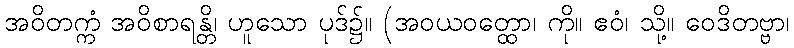
အဝိတက္ကံ အဝိစာရန္တိ၊ ဟူသော ပုဒ်၌။ (အဝယဝတ္ထော၊ ကို။ ဧဝံ၊ သို့။ ဝေဒိတဗ္ဗာ၊